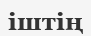
іштің